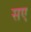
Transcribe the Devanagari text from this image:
सए